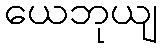
ယေဘုယျ